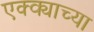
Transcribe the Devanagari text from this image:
एक्क्याच्या